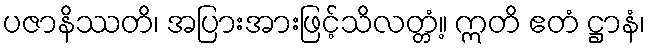
ပဇာနိဿတိ၊ အပြားအားဖြင့်သိလတ္တံ့။ ဣတိ ဧတံ ဋ္ဌာနံ၊